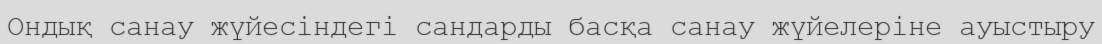
Ондық санау жүйесiндегi сандарды басқа санау жүйелерiне ауыстыру